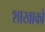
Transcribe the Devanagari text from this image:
शाखाकों